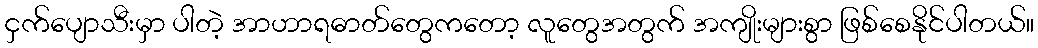
ငှက်ပျောသီးမှာ ပါတဲ့ အာဟာရဓာတ်တွေကတော့ လူတွေအတွက် အကျိုးများစွာ ဖြစ်စေနိုင်ပါတယ်။